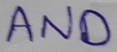
Text: AND